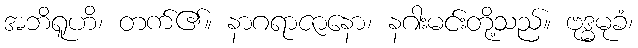
အဘိရူဟိ၊ တက်၏။ နာဂရာဇာနော၊ နဂါးမင်းတို့သည်။ ဗုဒ္ဓမုခံ၊